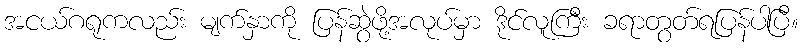
အငယ်ဂရုကလည်း မျက်နှာကို ပြန်ဆွဲဖို့အလုပ်မှာ ဒိုင်လူကြီး ခရာတွတ်ရပြန်ပါပြီ။